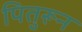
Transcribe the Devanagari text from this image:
पितुरून